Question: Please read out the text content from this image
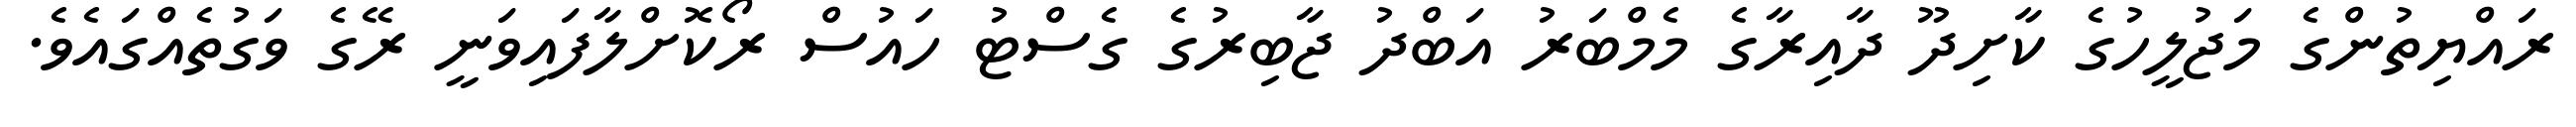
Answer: ރައްޔިތުންގެ މަޖުލީހުގެ ކާށިދޫ ދާއިރާގެ މެމްބަރު އަބްދު ޖާބިރުގެ ގެސްޓު ހައުސް ރޯކޮށްލާފައިވަނީ ރޭގެ ވަގުތެއްގައެވެ.